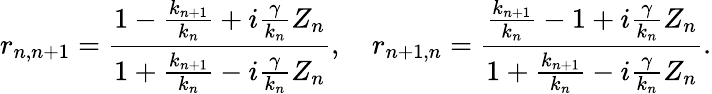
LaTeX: r_{n,n+1}=\frac{1-\frac{k_{n+1}}{k_{n}}+i\frac{\gamma}{k_{n}}Z_{n}}{1+\frac{k_{n+1}}{k_{n}}-i\frac{\gamma}{k_{n}}Z_{n}},\ \ \ \ r_{n+1,n}=\frac{\frac{k_{n+1}}{k_{n}}-1+i\frac{\gamma}{k_{n}}Z_{n}}{1+\frac{k_{n+1}}{k_{n}}-i\frac{\gamma}{k_{n}}Z_{n}}.